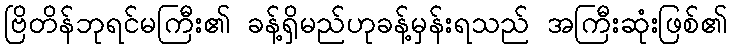
ဗြိတိန်ဘုရင်မကြီး၏ ခန့်ရှိမည်ဟုခန့်မှန်းရသည် အကြီးဆုံးဖြစ်၏